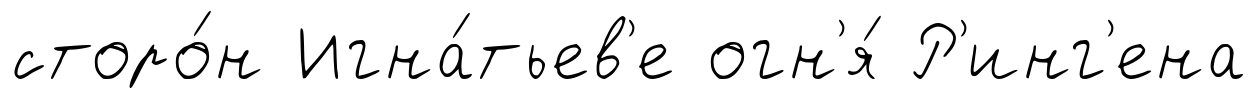
сторо́н Игна́тьев'е огн'я́ Р'инг'ена